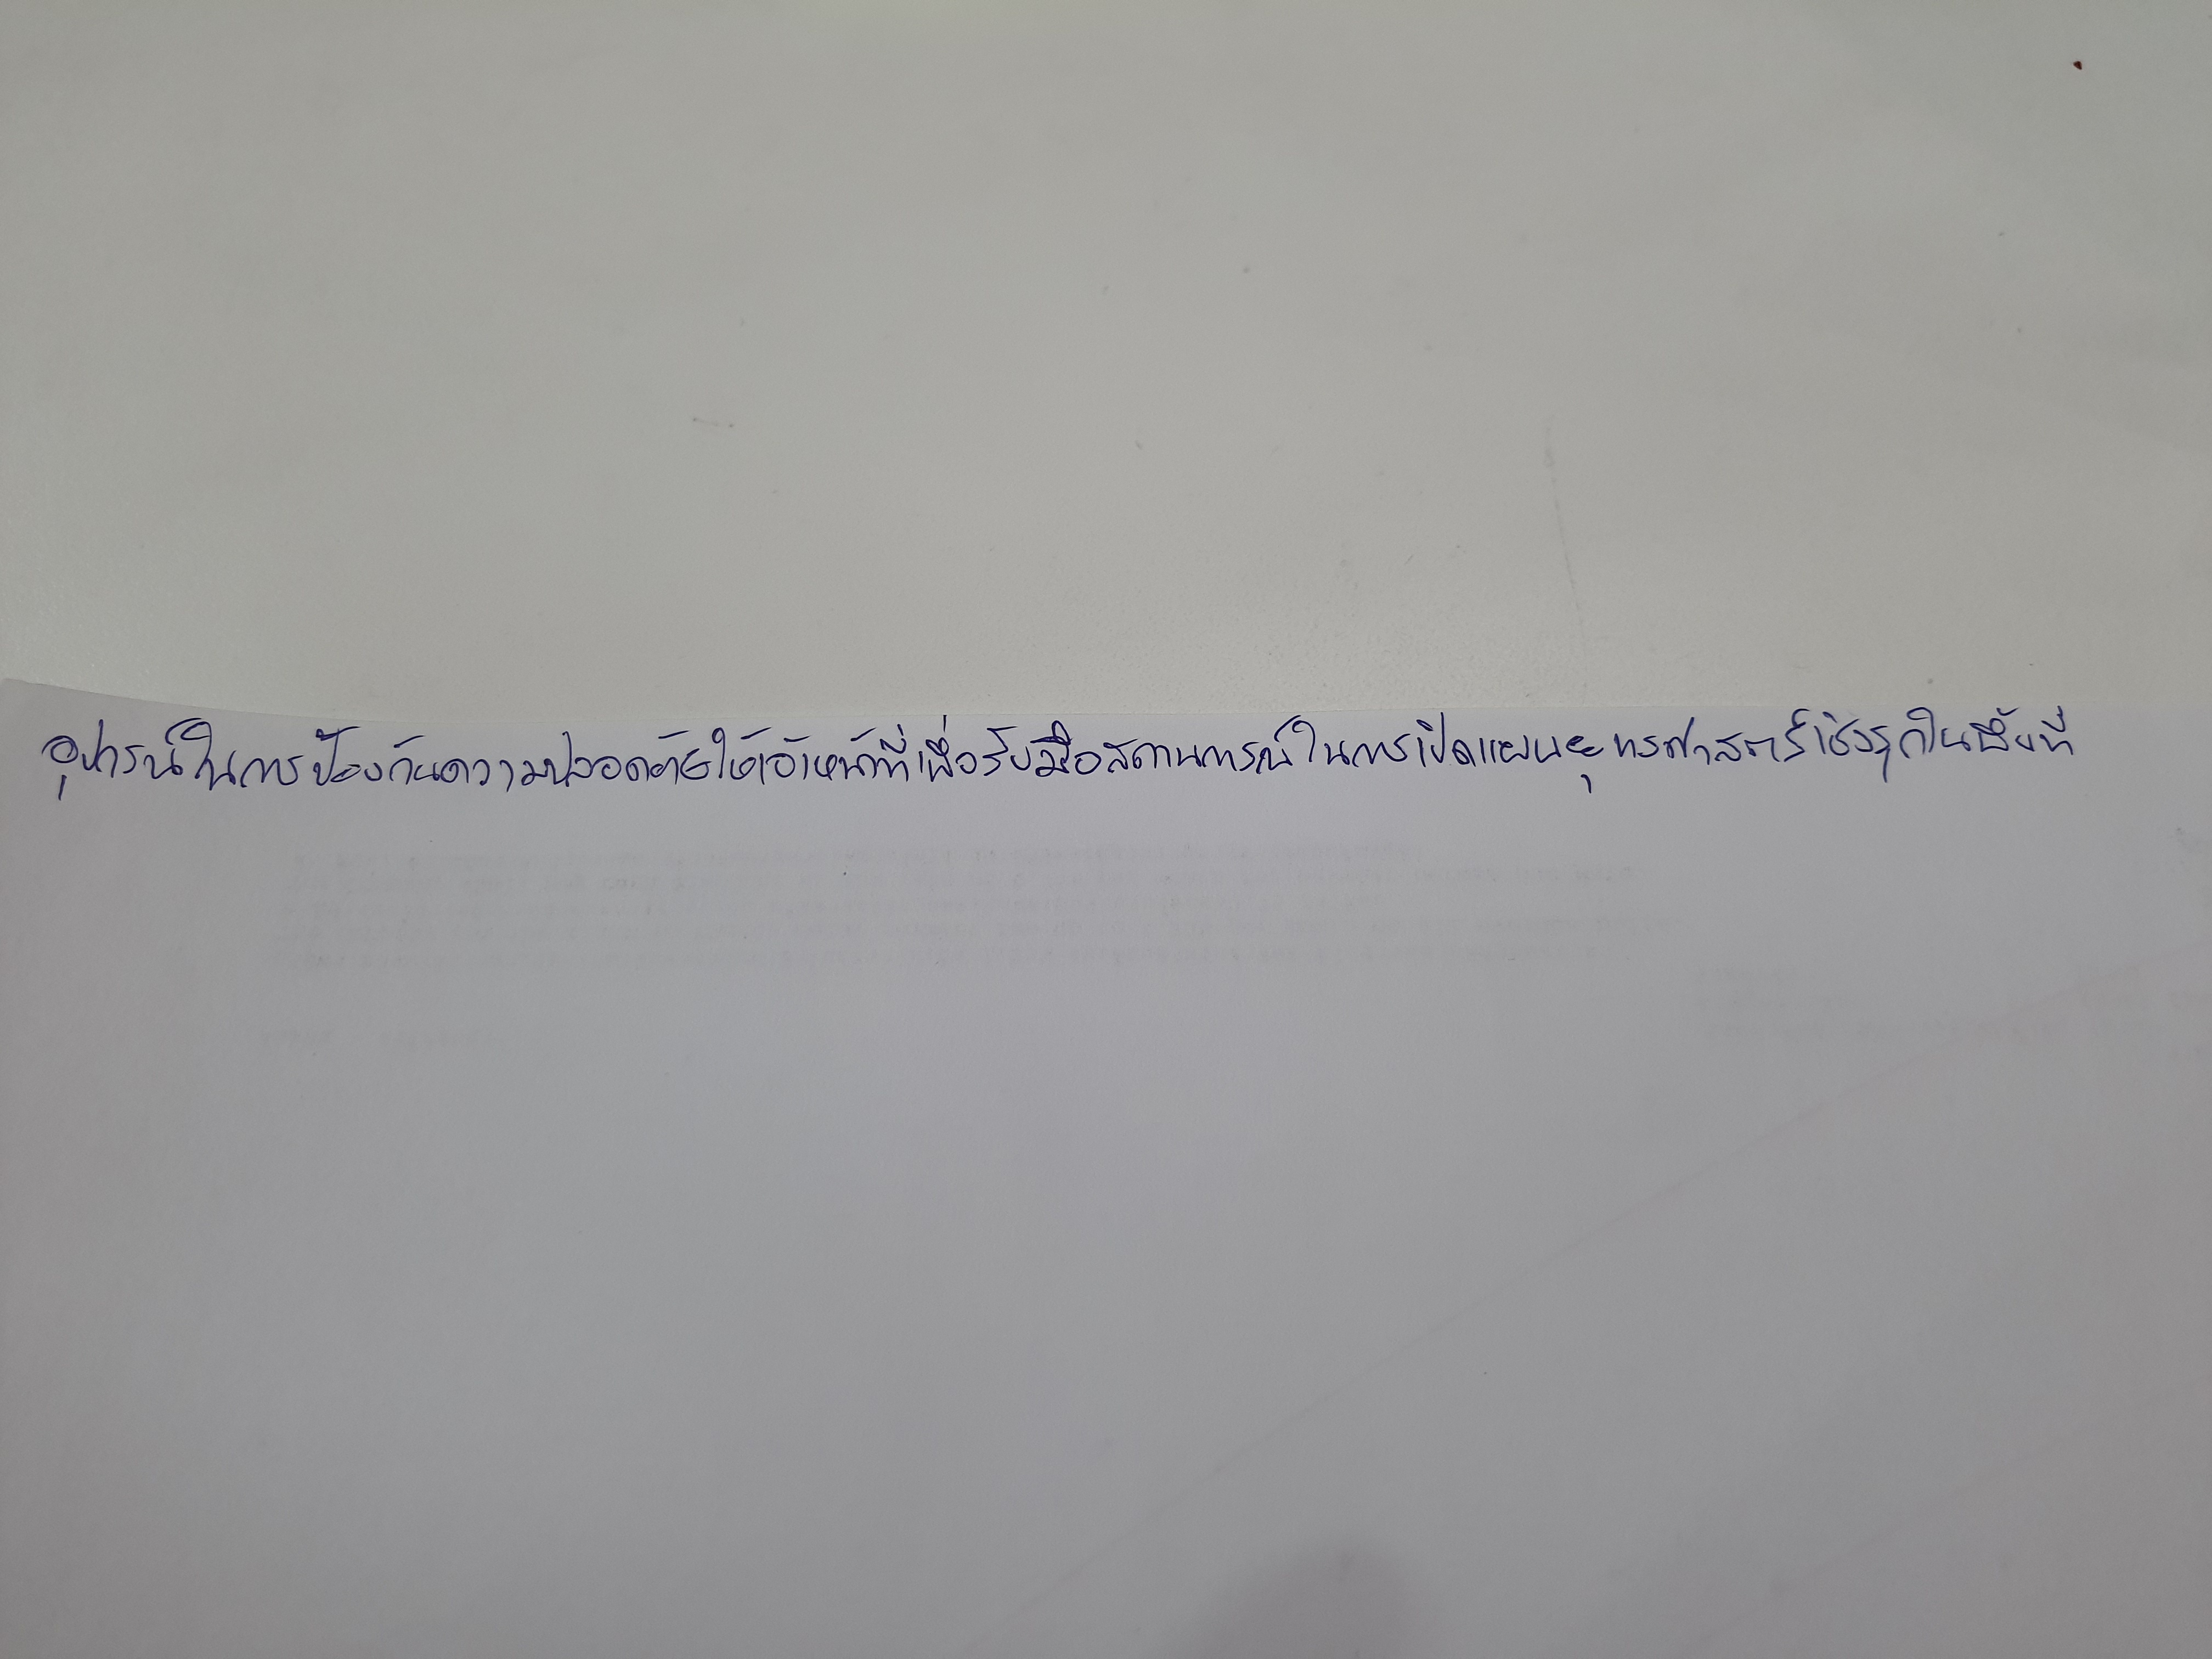
อุปกรณ์ในการป้องกันความปลอดภัยให้เจ้าหน้าที่เพื่อรับมือสถานการณ์ในการเปิดแผนยุทธศาสตร์เชิงรุกในพื้นที่